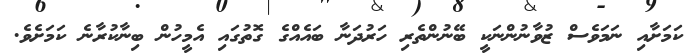
ކަމަށާއި ނަމަވެސް ޒުވާނުންނަކީ ބޭނުންތެރި ހަރުދަނާ ބައެއްގެ ގޮތުގައި އެމީހުން ބިނާކުރާނެ ކަމަށެވެ.